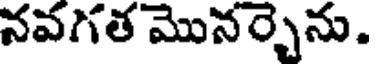
నవగత మొనర్చెను.